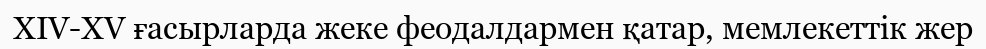
XIV-XV ғасырларда жеке феодалдармен қатар, мемлекеттік жер